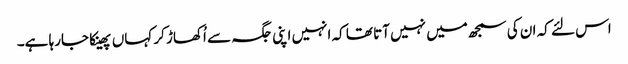
اس لئے کہ ان کی سمجھ میں نہیں آتا تھا کہ انہیں اپنی جگہ سے اُکھاڑ کر کہاں پھینکا جارہا ہے۔